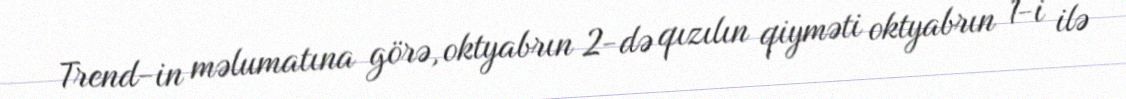
Trend-in məlumatına görə, oktyabrın 2-də qızılın qiyməti oktyabrın 1-i ilə